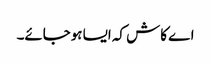
اے کاش کہ ایسا ہوجائے۔